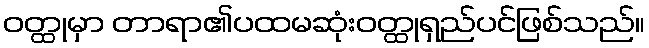
ဝတ္ထုမှာ တာရာ၏ပထမဆုံးဝတ္ထုရှည်ပင်ဖြစ်သည်။